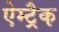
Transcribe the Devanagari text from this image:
ऐम्ट्रैक